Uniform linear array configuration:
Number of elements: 64
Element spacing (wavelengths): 1
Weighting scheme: uniform
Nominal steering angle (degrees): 0
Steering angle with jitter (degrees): -1.322
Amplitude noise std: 0.05
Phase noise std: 0.05

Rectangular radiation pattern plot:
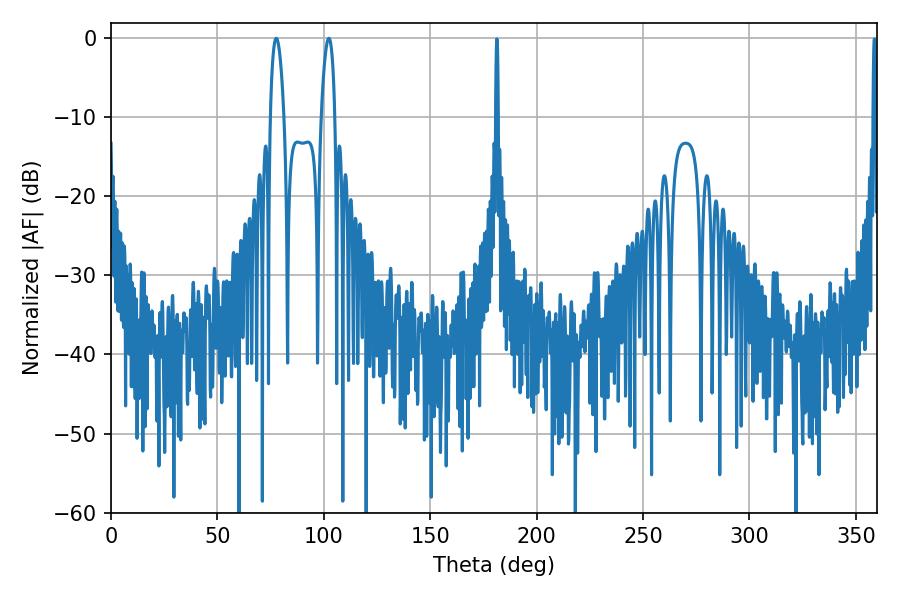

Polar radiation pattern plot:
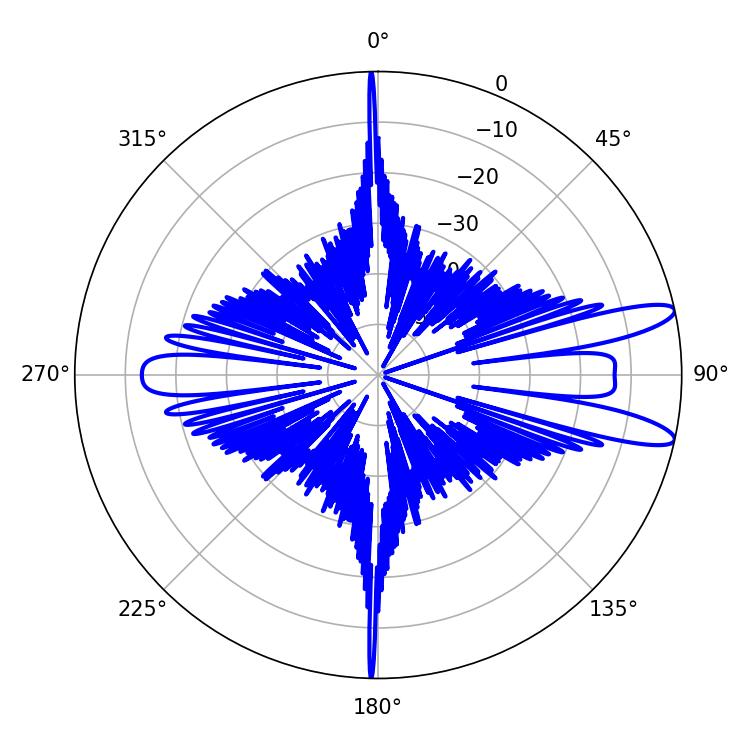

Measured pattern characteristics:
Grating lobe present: TRUE
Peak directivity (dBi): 11.774
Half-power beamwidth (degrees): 3.6
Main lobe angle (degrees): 77.58